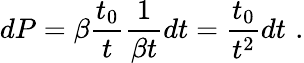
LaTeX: dP=\beta\frac{t_{0}}{t}\frac{1}{\beta t}dt=\frac{t_{0}}{t^{2}}dt\, \, .